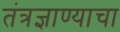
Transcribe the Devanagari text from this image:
तंत्रज्ञाण्याचा